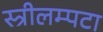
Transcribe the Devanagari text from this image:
स्त्रीलम्पटा